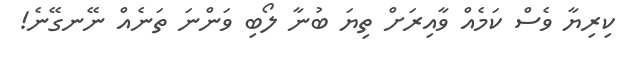
ކިރިޔާ ވެސް ކަމެއް ވާއިރަށް ތިޔަ ބުނާ ލޯބި ވަންނަ ތަނެއް ނޭނގޭނެ!